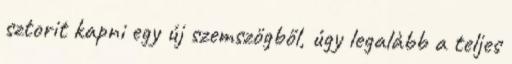
sztorit kapni egy új szemszögből, úgy legalàbb a teljes